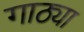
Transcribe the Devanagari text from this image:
गाठ्या